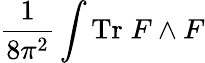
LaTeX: \frac{1}{8\pi^{2}}\int\mathrm{Tr}\; F\wedge F